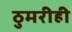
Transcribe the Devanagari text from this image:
ठुमरीही